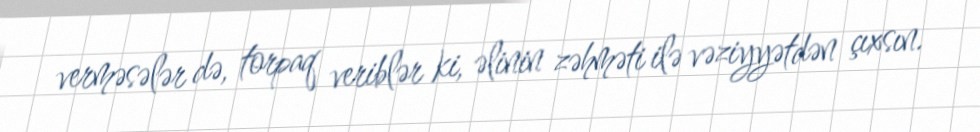
verməsələr də, torpaq veriblər ki, əlinin zəhməti ilə vəziyyətdən çıxsın.